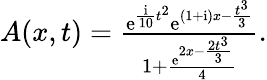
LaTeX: \begin{array}{r}{A(x,t)=\frac{\mathrm{e}^{\frac{\mathrm{{i}}}{10}t^{2}}\mathrm{e}^{(1+\mathrm{{i}})x-\frac{t^{3}}{3}}}{1+\frac{\mathrm{e}^{2x-\frac{2t^{3}}{3}}}{4}}.}\end{array}